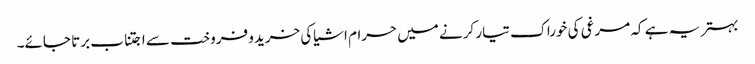
بہتر یہ ہے کہ مرغی کی خوراک تیار کرنے میں حرام اشیاکی خریدو فروخت سے اجتناب برتا جائے۔